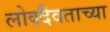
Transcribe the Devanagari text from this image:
लोक्दैवताच्या